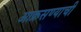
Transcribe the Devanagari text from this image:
आक्रसण्याची